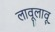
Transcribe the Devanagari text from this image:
लावूलावू